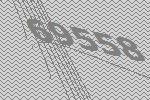
69558